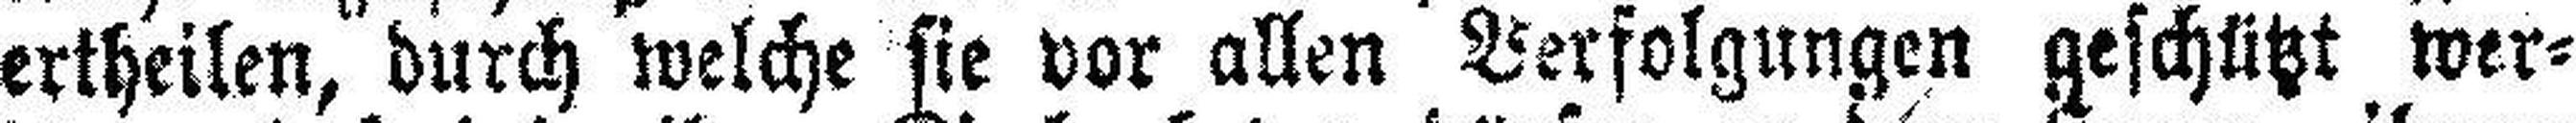
ertheilen, durch welche sie vor allen Verfolgungen geschützt wer¬